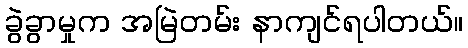
ခွဲခွာမှုက အမြဲတမ်း နာကျင်ရပါတယ်။